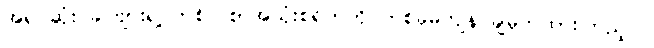
အရင်ဆုံး ခင်ဗျားရဲ့ တစ်လစာအသုံးစရိတ်ကို တစ်ခုမကျန် ချမှတ်ထားကြည့်ပါ။